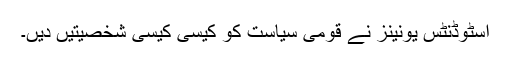
اسٹوڈنٹس یونینز نے قومی سیاست کو کیسی کیسی شخصیتیں دیں۔